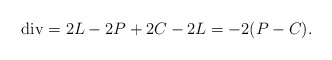
\begin{align*}{\rm div}= 2L - 2P +2C -2L=-2(P-C).\end{align*}